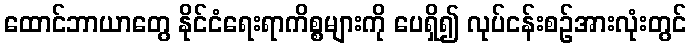
ထောင်ဘာယာတွေ နိုင်ငံရေးရာကိစ္စများကို ပေရှိ၍ လုပ်ငန်းစဉ်အားလုံးတွင်